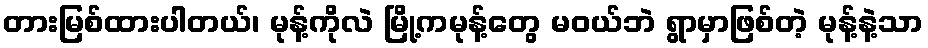
တားမြစ်ထားပါတယ်၊ မုန့်ကိုလဲ မြို့ကမုန့်တွေ မဝယ်ဘဲ ရွာမှာဖြစ်တဲ့ မုန့်နဲ့သာ